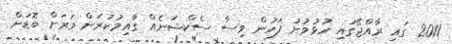
2011 ގައި ރާއްޖޭގައި ހުޅުވުނު ފަހުން ވިސާ ސެކްޝަނެއް ގާއިމުކުރަން ވަރަށް ބޮޑަށް